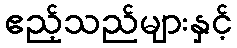
ဧည့်သည်များနှင့်